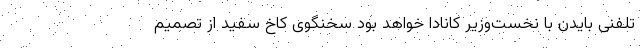
تلفنی بایدن با نخست‌وزیر کانادا خواهد بود سخنگوی کاخ سفید از تصمیم